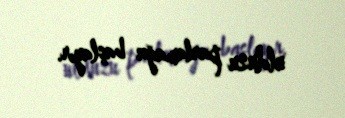
ulduzu parlamağa başlayır.